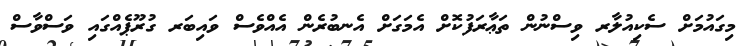
މިގައުމަށް ސެކިއުލާރ ވިސްނުން ތަޢާރަފުކޮށް އެމަގަށް އެނބުރެން އެއްވެސް ވައިބަރ ގުރޫޕެއްގައި ވަސްވާސް